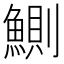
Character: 鰂